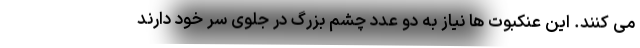
می کنند. این عنکبوت ها نیاز به دو عدد چشم بزرگ در جلوی سر خود دارند